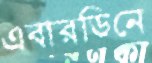
এবারডিনে